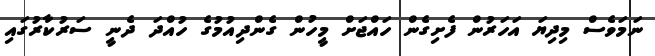
ނަމަވެސް މިދިޔަ އަހަރުން ފެށިގެން ހައްޖަށް މީހުން ގެންދިއުމުގެ ހުއްދަ ދެނީ ސަރުކާރުގައި